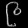
Digit: ၉